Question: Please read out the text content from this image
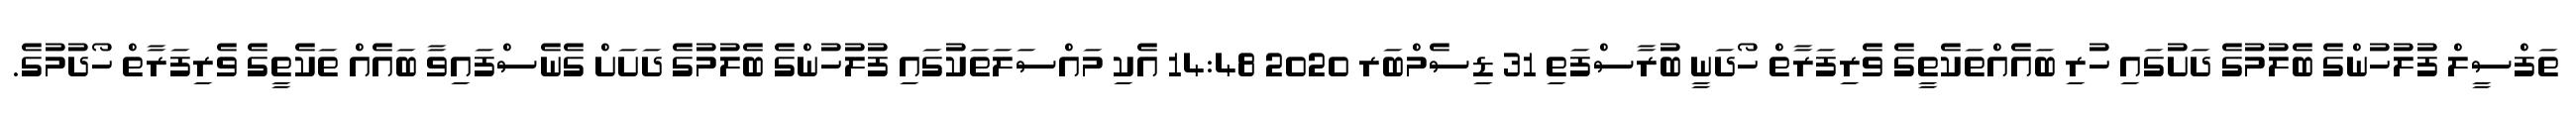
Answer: ތަފްސީލް ފުލުހުންގެ ބެލުމުގެ ދަށުގައި ހުރި ބައެއްތަކެތީގެ ވެރިފަރާތް ހޯދަނީ ބުރާސްފަތި 31 ޑިސެމްބަރ 2020 14:48 އެކި މައްސަލަތަކުގައި ފުލުހުންގެ ބެލުމުގެ ދަށަށް ގެނެސްފައިވާ ބައެއް ތަކެތީގެ ވެރިފަރާތް ހޯދުމުގެ.